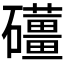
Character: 𥗪